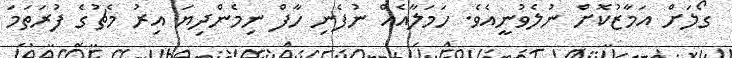
ގޯލަށް އަމާޒުކޮށް ނުލެވުނީއެވެ. ހަމަލާއެއް ނުފެނި ހާފް ނިމެންދިޔަ އިރު މެޗުގެ ފުރަތަމަ